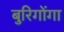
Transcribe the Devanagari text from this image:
बुरिगोंगा